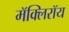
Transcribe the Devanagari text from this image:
मॅक्लिरॉय